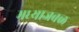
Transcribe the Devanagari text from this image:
मध्याजवळ